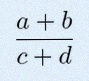
\frac{a+b}{c+d}